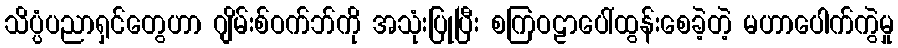
သိပ္ပံပညာရှင်တွေဟာ ဂျိမ်းစ်ဝက်ဘ်ကို အသုံးပြုပြီး စကြဝဠာပေါ်ထွန်းစေခဲ့တဲ့ မဟာပေါက်ကွဲမှု